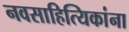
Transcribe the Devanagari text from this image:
नवसाहित्यिकांना